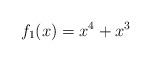
LaTeX: \begin{align*}f_1(x) = x^4 + x^3 \end{align*}